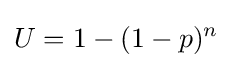
U=1-(1-p)^{n}